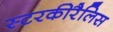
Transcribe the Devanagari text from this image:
स्टरकीरैलिस